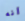
أنه